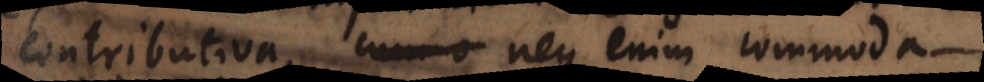
contributiva, neque enim commoda